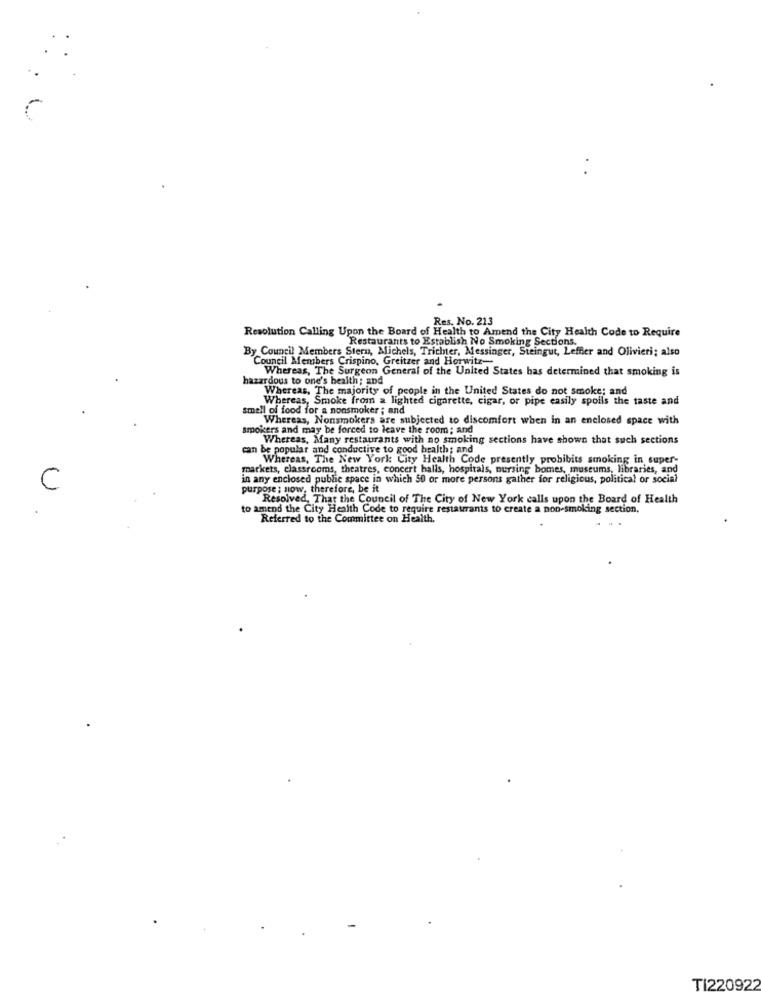
Res. No. 213
Resolution Calling Upon the Board of Health to Amend the City Health Code to Require
Restaurants to Establish No Smoking Sections.
By Council Members Stern, Michels, Trichter, Messinger, Steingut, Leffler and Olivieri; also
Council Members Crispino, Greitzer and Horwitz
Whereas, The Surgeon General of the United States has determined that smoking is
hazardous to one's health; and
Whereas, The majority of people in the United States do not smoke; and
Whereas, Smoke from a lighted cigarette, cigar, or pipe easily spoils the taste and
smell of food for a nonsmoker ; and
Whereas, Nonsmokers are subjected to discomfort when in an enclosed space with
smokers and may be forced to leave the room; and
Whereas, Many restaurants with no smoking sections have shown that such sections
can be popular and conductive to good health; and
Whereas, The New York City Health Code presently probibits smoking in super-
markets, classrooms, theatres, concert halls, hospitals, nursing homes, museums, libraries, and
in any enclosed public space in which 50 or more persons gather for religious, political or social
C
purpose; now, therefore, be it
Resolved, That the Council of The City of New York calls upon the Board of Health
to amend the City Health Code to require restaurants to create a non-smoking section,
Referred to the Committee on Health.
TI220922